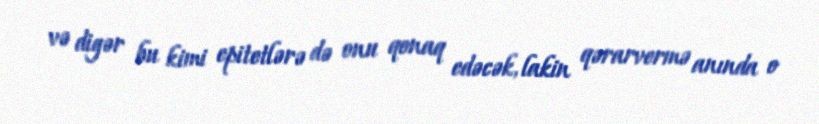
və digər bu kimi epitetlərə də onu qonaq edəcək, lakin qərarvermə anında o